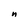
Character: n